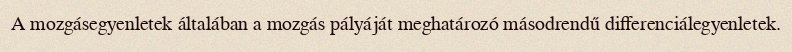
A mozgásegyenletek általában a mozgás pályáját meghatározó másodrendű differenciálegyenletek.